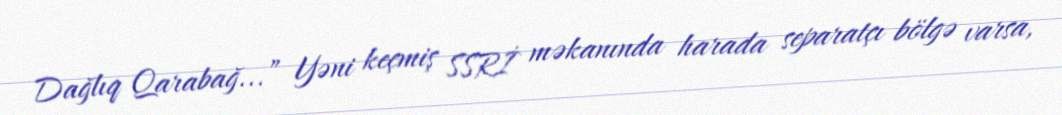
Dağlıq Qarabağ...” Yəni keçmiş SSRİ məkanında harada separatçı bölgə varsa,